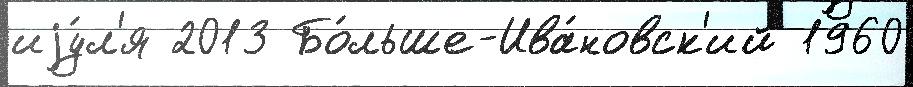
иjу́л'я 2013 Бо́льше-Ива́новск'ий 1960